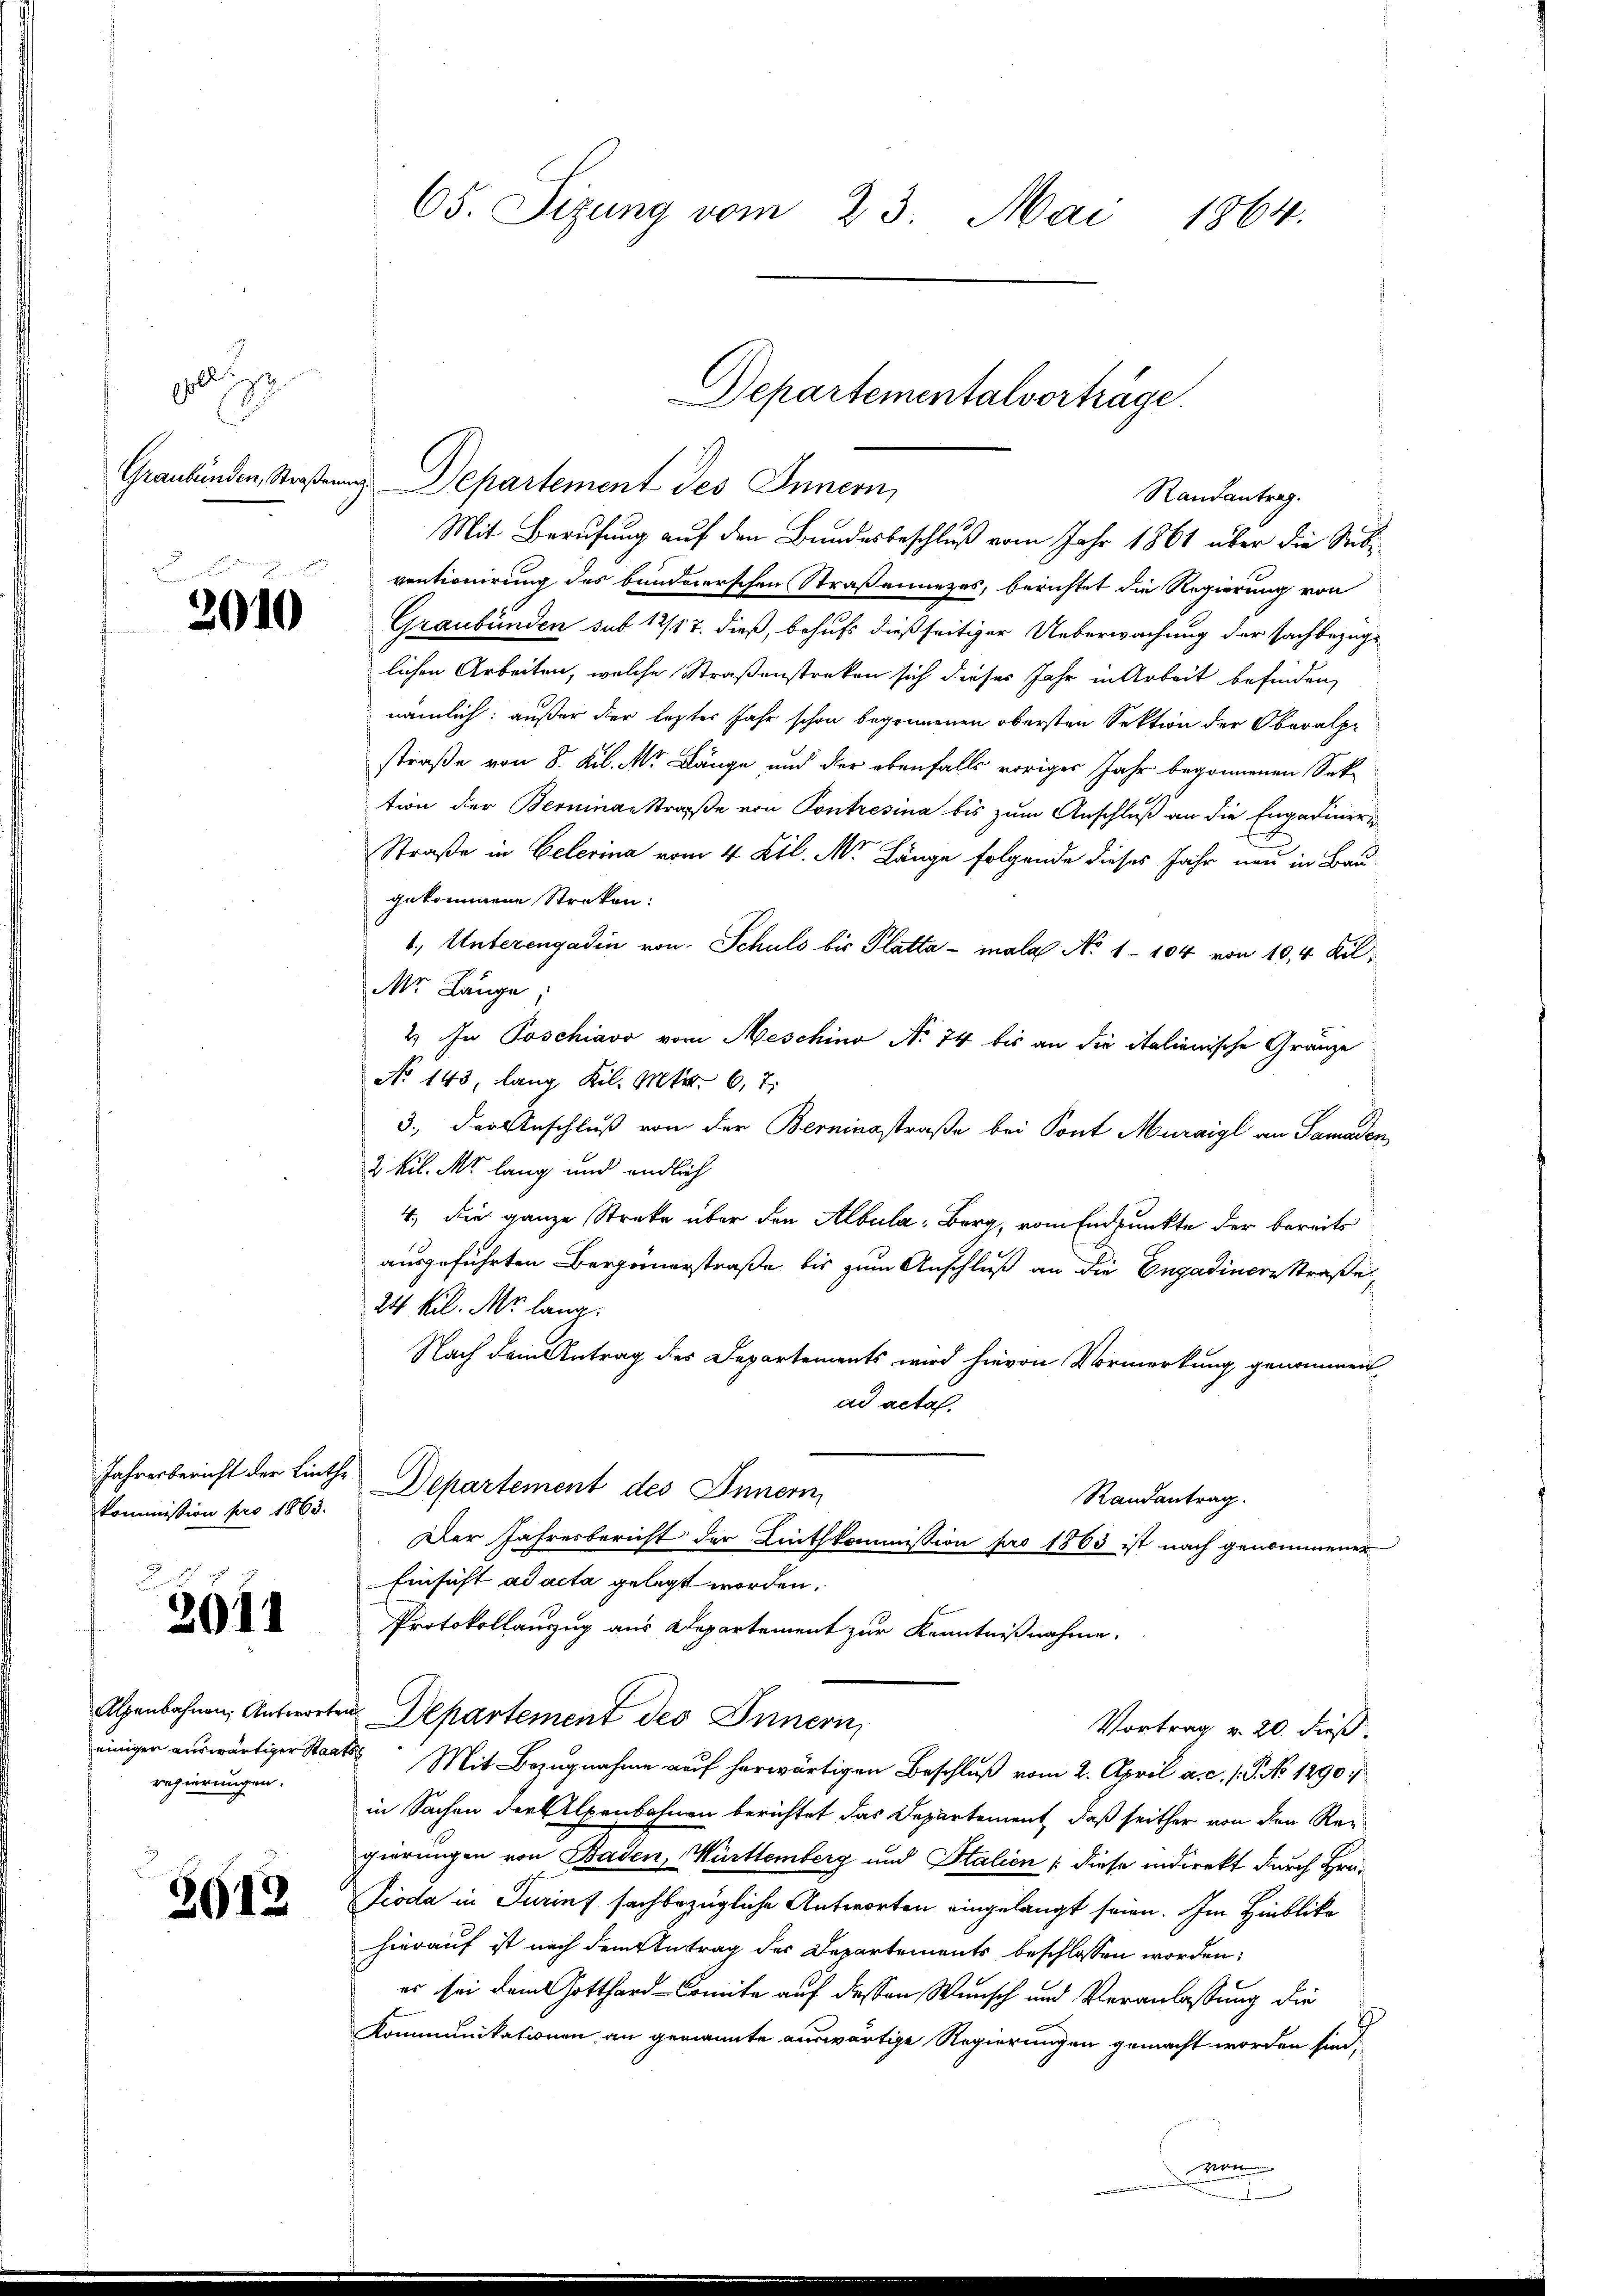
pellige

n
2010

kommission pro 1863.

3611

Alpenbahnen Antworte
einigen auswärtiger Staat
regierungen.

2913

65. Sizung vom 23. Mai 1864.

Graubünden, Straßenung Departement des Innern,
ventionirung des bundererschen Straßennezes, berichtet die Regierung von
Graubünden sub 12/17. dieß, behufs dießseitiger Ueberwachung der sachbezüg-
lichen Arbeiten, welche Straßenstreken sich dieses Jahr in Arbeit befinden,
nämlich: außer der lezter Jahr schon begonnenen obersten Sektion der Oberalpr
straße von 8. Kil. Mr. Länge und der ebenfalls voriger Jahr begonnenen Sektion der Berninae Straße von Contresina bis zum Anschluß an die Engadinern
Straße in Celerina vom 4. Kil. M. Länge folgende dieses Jahr neu in Bau-
gekommene Streken:
1, Unterengadin von Schuld bis Platta - mala No 1104 von 10,4 Kil
Mr Länge,
2.) In Poschiavo vom Aeschino No 74 bis an die italienische Gränze
No 143, lang Kil. Mts. 6, 7:
3., der Anschluß von der Bereinsstraße bei Sont Muraigl an Samaden
2 kil. M. lang und endlich
4. die ganze Streke über den Albula Berg, vom Endpunkte der bereits
ausgeführten Bergernerstraße bis zum Anschluß an die Engadinere Straße,
24 kil. M. lang.
Nach dem Antrag des Departements wird hievon Vormerkung genommen
ad acta.
Jahresbericht der Linthe Departement des Innern,
Randantrag.
Der Jahresbericht der Linthkommission pro 1863 ist nach genommener
Einsicht ad acta gelegt worden.
Protokollanzug aus Departement zur Kenntnißnahme.
u. Departement des Innern,
Vortrag v. 20. dieß
12. Mit Bezŭgnahme aŭf herwärtigen Beschlŭβ vom 2. April a. c. 1. P. No 1290
in Sachen der Alpenbahnen berichtet das Departement, daß seither von den Regierungen von Baden, Württemberg und Stalien / diese indirekt durch Gra¬
Fioda in Turinf sachbezügliche Antworten eingelangt seien. Im Hinblika
hierauf ist nach dem Antrag des Departements beschlossen worden;
es sei dem Gotthard-Comite auf dessen Wunsch und Veranlassung die
Kommunikationen an genannte auswärtige Regierungen gemacht worden sind,

Randantrag.
Mit Berufung auf den Bundesbeschluß vom Jahr 1861 über die Sub¬

Departementalverträge.

n